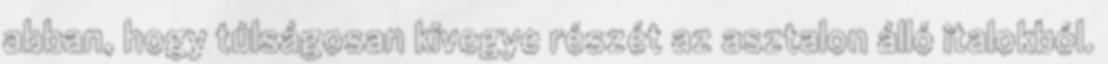
abban, hogy túlságosan kivegye részét az asztalon álló italokból.